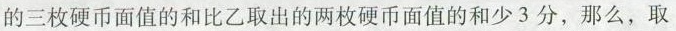
的三枚硬币面值的和比乙取出的两枚硬币面值的和少3分，那么，取